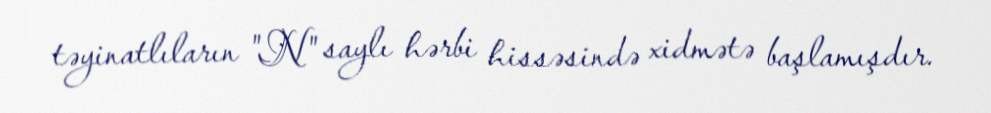
təyinatlıların "N" saylı hərbi hissəsində xidmətə başlamışdır.